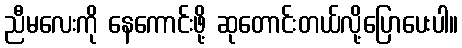
ညီမလေးကို နေကောင်းဖို့ ဆုတောင်းတယ်လို့ပြောပေးပါ။